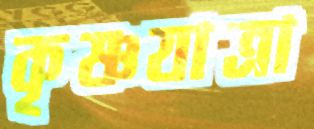
কৃষ্ণযাত্রা